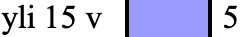
yli 15 v 5